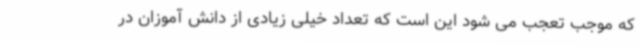
که موجب تعجب می شود این است که تعداد خیلی زیادی از دانش آموزان در